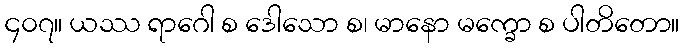
၄၀၇။ ယဿ ရာဂေါ စ ဒေါသော စ၊ မာနော မက္ခော စ ပါတိတော။